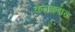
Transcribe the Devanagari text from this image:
कनकदासा